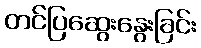
တင်ပြဆွေးနွေးခြင်း